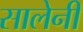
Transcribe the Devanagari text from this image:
सालेनी